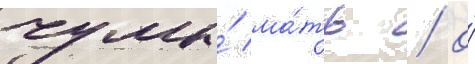
чумы́ ма́ть / о́